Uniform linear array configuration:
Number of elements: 32
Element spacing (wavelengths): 0.75
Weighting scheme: binomial
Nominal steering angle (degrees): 15
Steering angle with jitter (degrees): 14.304
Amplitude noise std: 0.05
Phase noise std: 0.05

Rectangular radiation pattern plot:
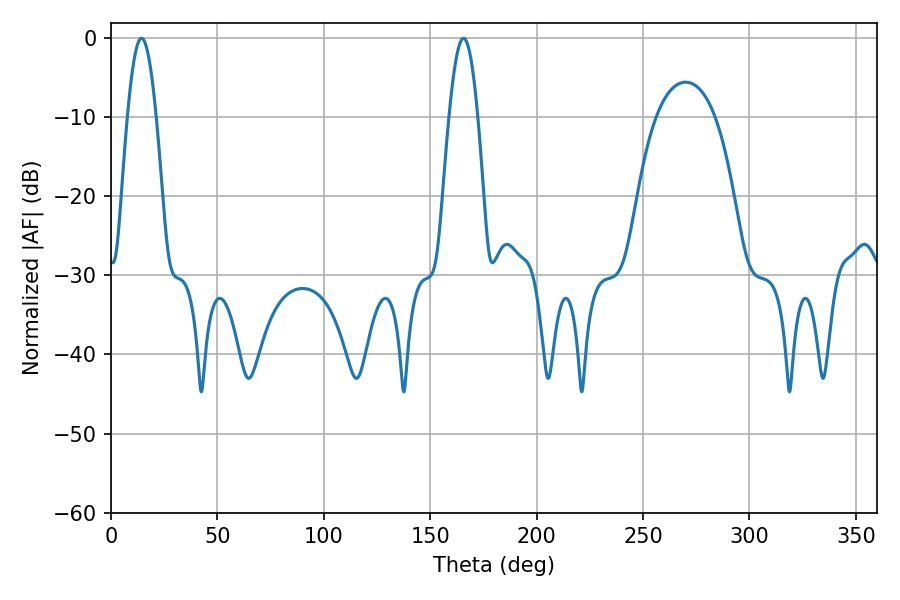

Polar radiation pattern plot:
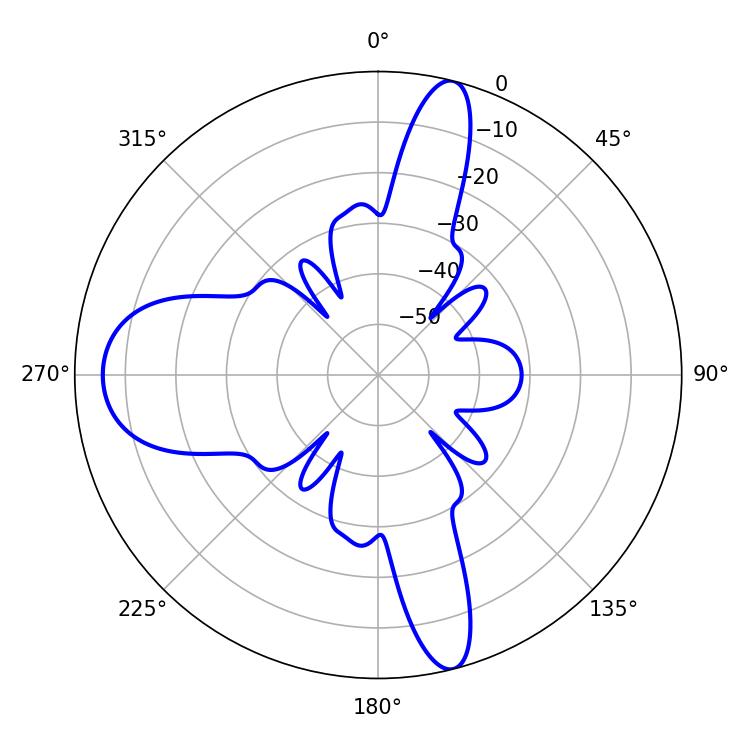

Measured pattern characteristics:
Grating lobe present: TRUE
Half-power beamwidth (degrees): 7.2
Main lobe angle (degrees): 14.4